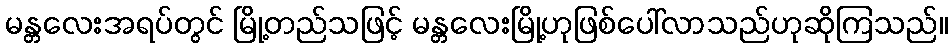
မန္တလေးအရပ်တွင် မြို့တည်သဖြင့် မန္တလေးမြို့ဟုဖြစ်ပေါ်လာသည်ဟုဆိုကြသည်။